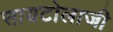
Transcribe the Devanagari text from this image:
सायटोलाजी